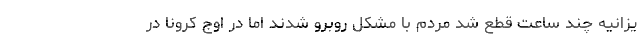
یزانیه چند ساعت قطع شد مردم با مشکل روبرو شدند اما در اوج کرونا در